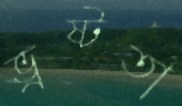
ভ্রষ্টতা